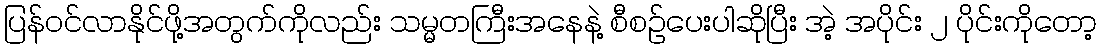
ပြန်ဝင်လာနိုင်ဖို့အတွက်ကိုလည်း သမ္မတကြီးအနေနဲ့ စီစဉ်ပေးပါဆိုပြီး အဲ့ အပိုင်း ၂ ပိုင်းကိုတော့